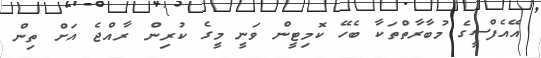
އޭއެފްސީގެ މުބާރާތްތަކާ ބެހޭ ކޮމިޓީން ވަނީ މީގެ ކުރިން ރާއްޖެ އަށް ތިން